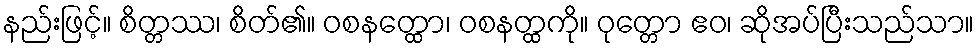
နည်းဖြင့်။ စိတ္တဿ၊ စိတ်၏။ ဝစနတ္ထော၊ ဝစနတ္ထကို။ ဝုတ္တော ဧဝ၊ ဆိုအပ်ပြီးသည်သာ။